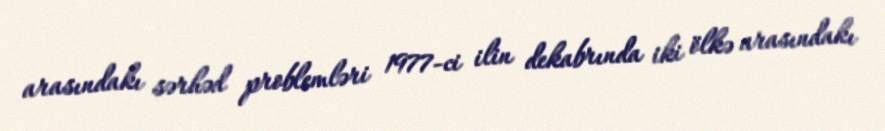
arasındakı sərhəd problemləri 1977-ci ilin dekabrında iki ölkə arasındakı